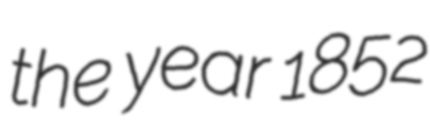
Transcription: the year 1852